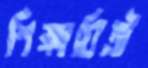
শিক্ষায়িত্রী